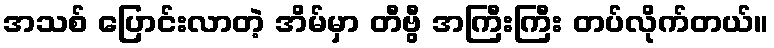
အသစ် ပြောင်းလာတဲ့ အိမ်မှာ တီဗွီ အကြီးကြီး တပ်လိုက်တယ်။